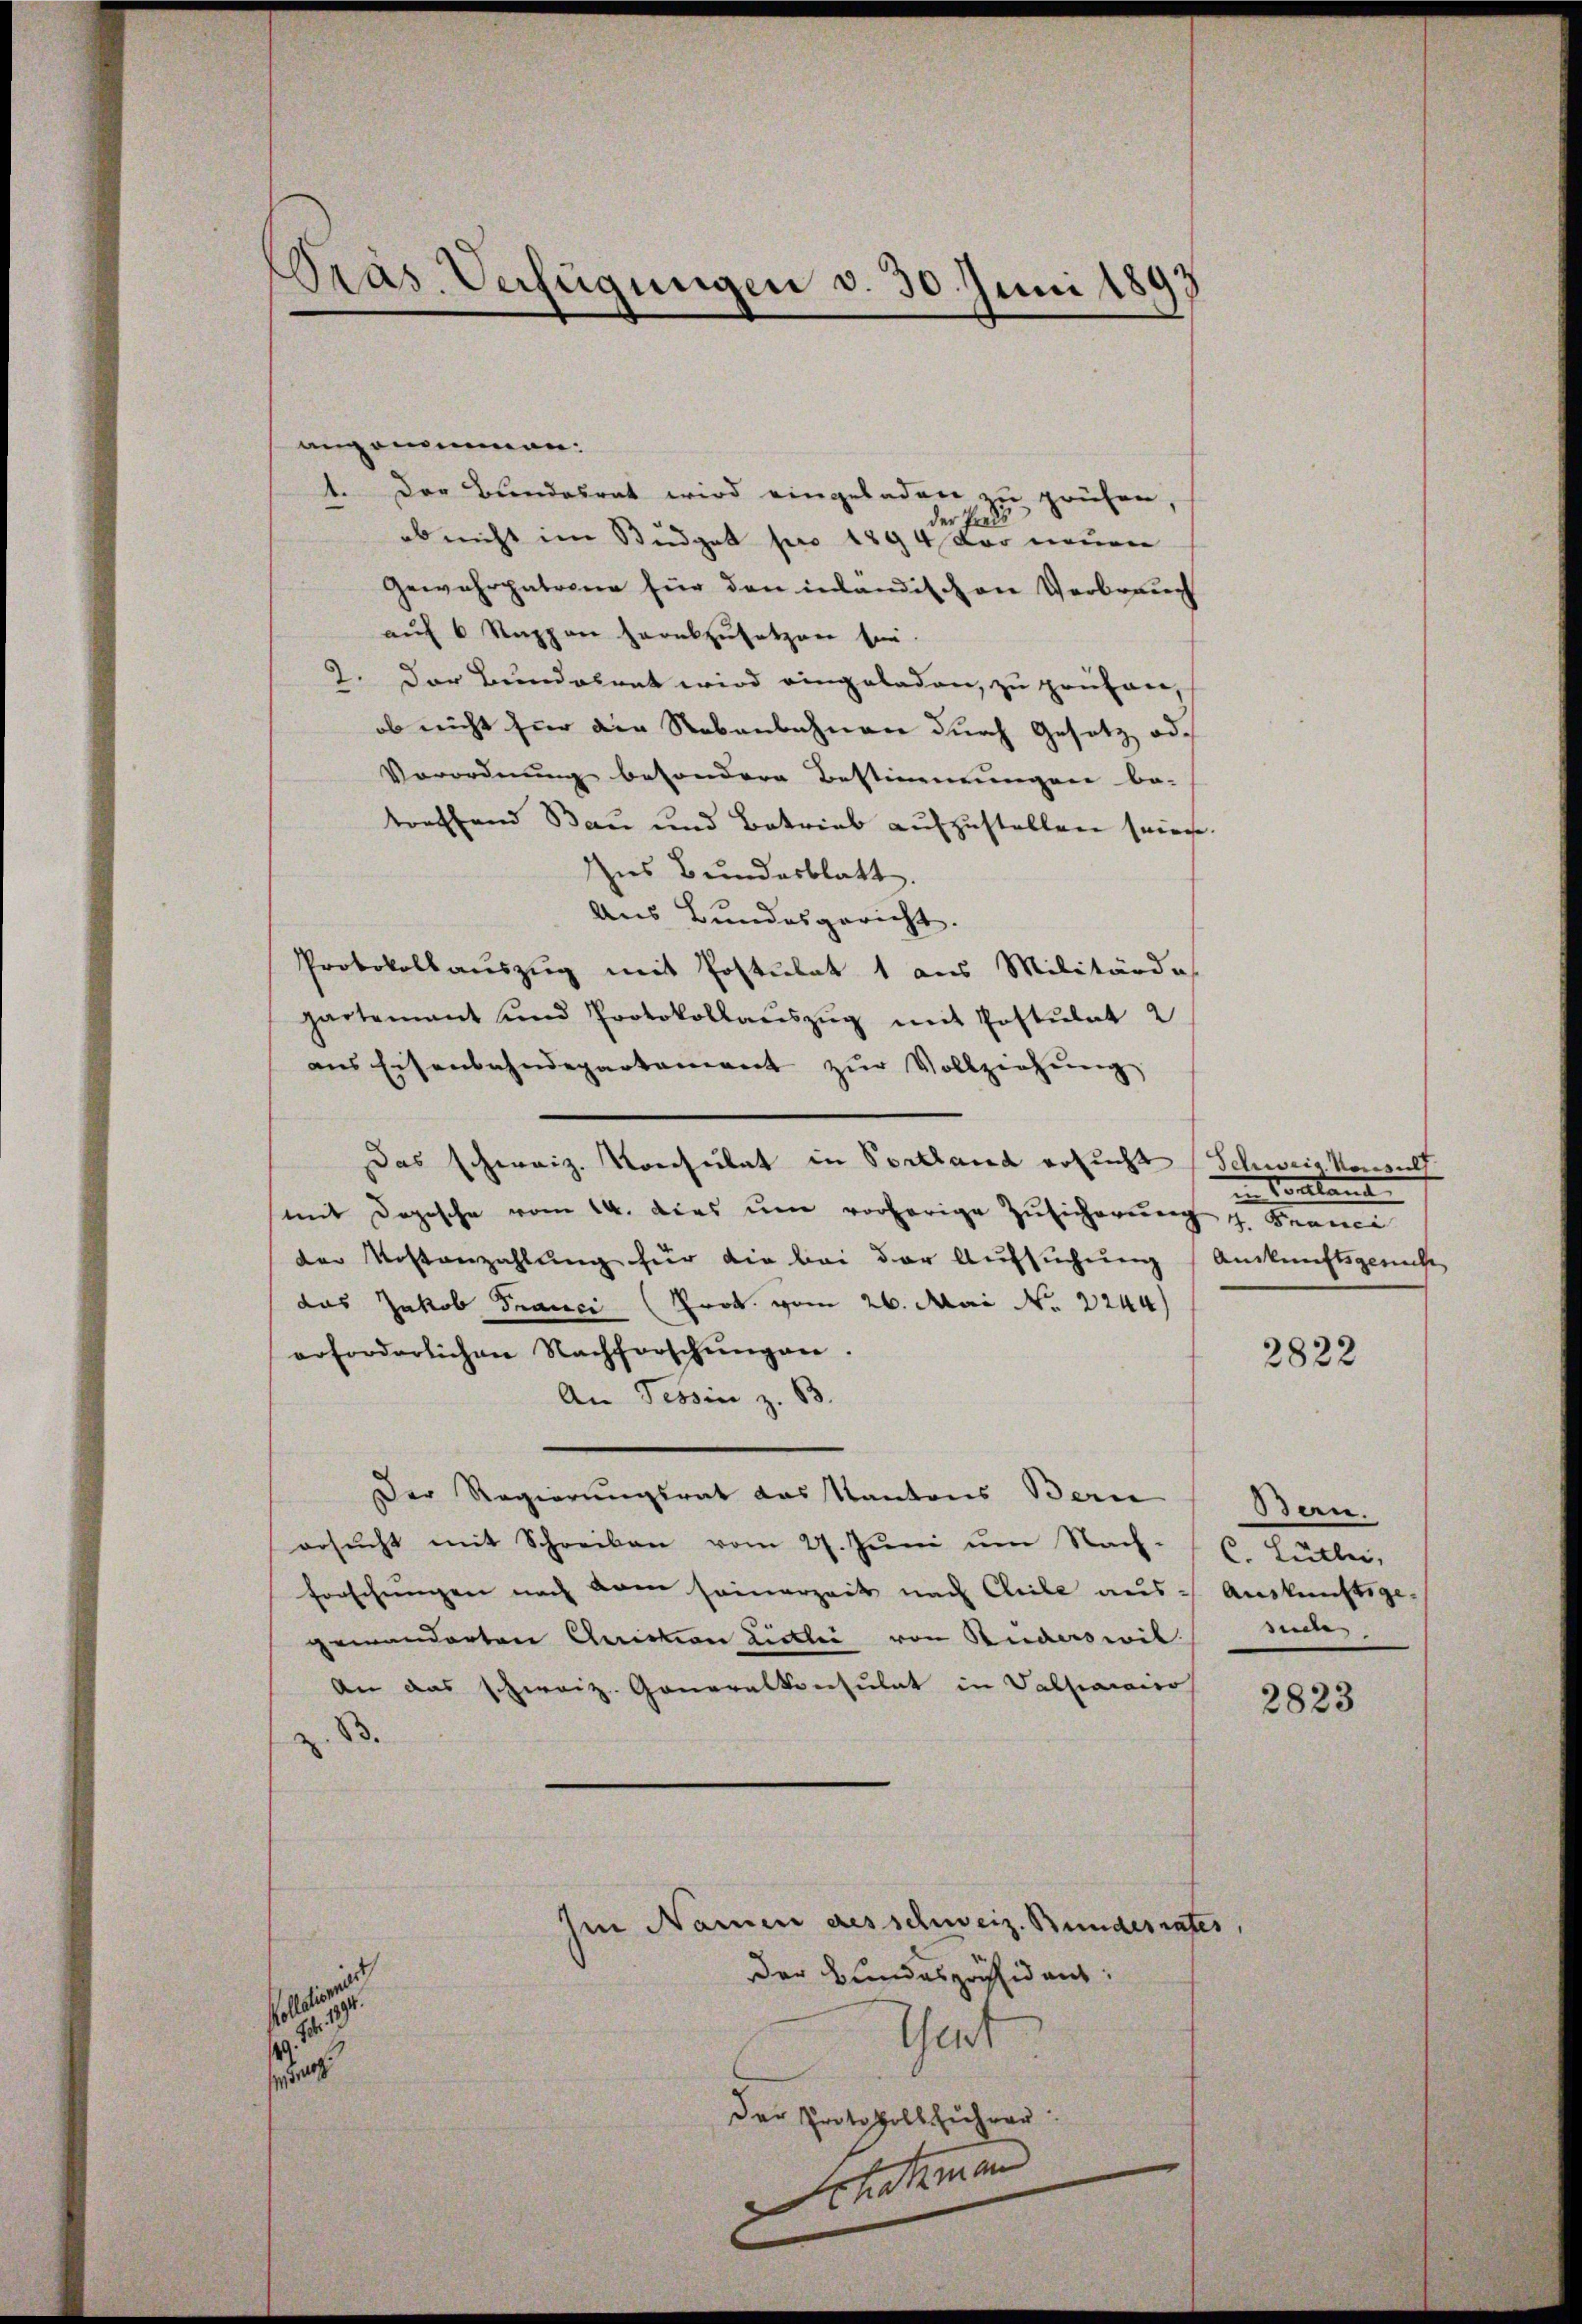
Präs. Verfügungen d. 30. Juni 1893

angenommen.
.
Der Bundesrat wird eingeladen zu prüfen,
25
der Pr
ob nicht im Budget pro 1894 der neuen
Gewehrpatrone für den inländischen Verbrauch
aŭf 6 Rappen herabzŭsetzen sei.
2. Der Bundalrat wird eingeladen, zu prüfen,
ob nicht für die Nebenbahnen durch Gesetz od
Vorordnung besondere Bestimmungen be-
toeffend Bau und Betrieb aufzustellen seine.
Ins Bundesblatt.
Aus Bundesgericht.
Protokollauszug mit Postulat 1 aus Militärde
hartenant und Protokollaŭszŭg mit Postulat 2
ans Eisenbahndepartament zŭr Vollziehŭng
Das schweiz. Konsulat in Portland ersucht (Schweiz. Vorwalt
mit Dogische vom 14. dies um vorherige Zusicherung u. Franci
der Kostanzahlung für die bei der Aufsuchung (Auskunftsgericht
das Jakob Franci (Prok. vom 26. Mai No 2244)
erforderlichen Nachforschŭngen.
An Tessin z. B.
Der Regierungsrat das Kantons Bern
ersŭcht mit Schreiben vom 27. Jŭni um Nach- / C. Hätter,
Forschungen nach kam seinerzeit nach Cliele aus Auskünftige.
gewänderten Quicon Liebei von Ruderswil
An das schweiz. Generalkonsulat in Valarico
3.
Iin Namen des schweiz. Bundesrates,
Der Bundespräsident:
Voll
thent
se
der Protokollführen:
Schatzman

in Constand

2822

Ben.
m

2823